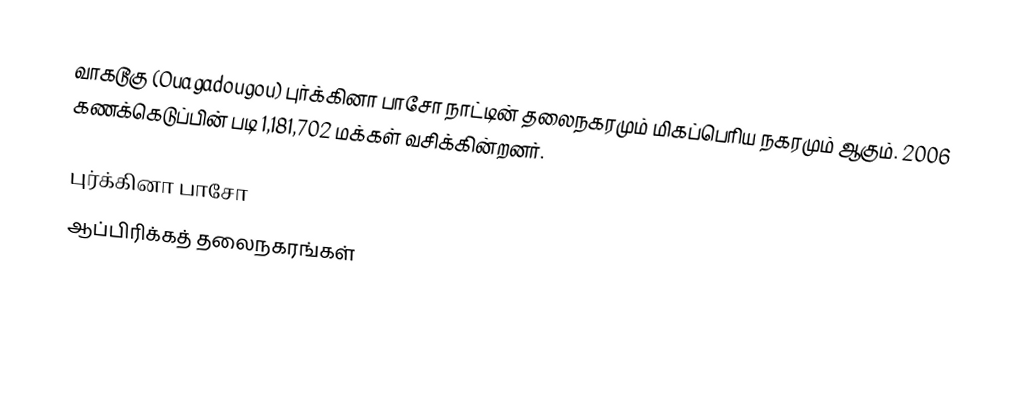
வாகடூகு (Ouagadougou) புர்க்கினா பாசோ நாட்டின் தலைநகரமும் மிகப்பெரிய நகரமும் ஆகும். 2006 கணக்கெடுப்பின் படி 1,181,702 மக்கள் வசிக்கின்றனர்.

புர்க்கினா பாசோ
ஆப்பிரிக்கத் தலைநகரங்கள்